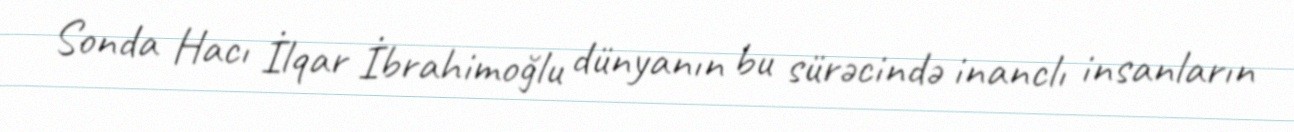
Sonda Hacı İlqar İbrahimoğlu dünyanın bu sürəcində inanclı insanların